Insane asylums in Bengal annual reports 1867-1875 - 1867-1875
Year: 1867
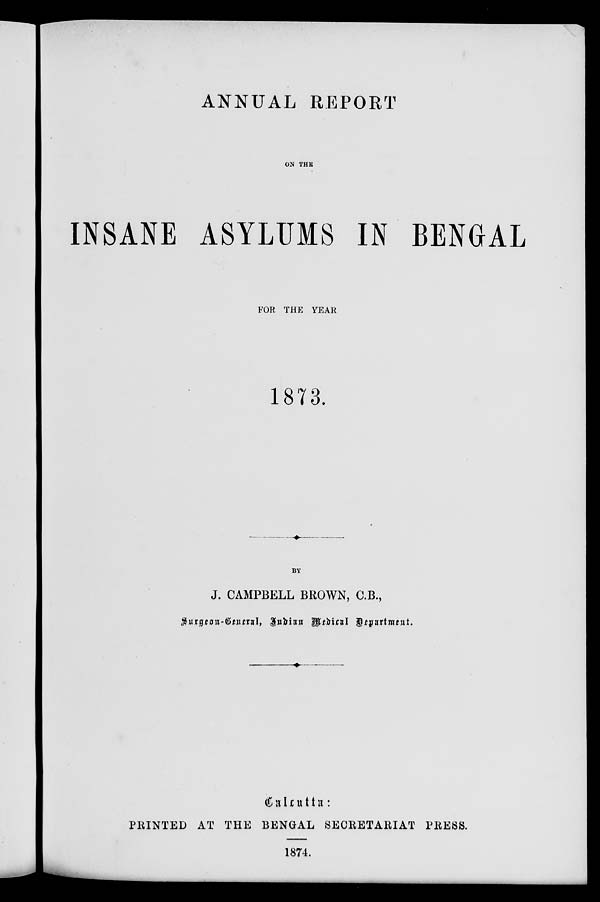
ANNUAL REPORT
ON THE
INSANE ASYLUMS IN BENGAL
FOR THE YEAR
1873.
BY
J. CAMPBELL BROWN, C.B.,
Surgeon-General, Indian Medical Department.
Calcutta :
PRINTED AT THE BENGAL SECRETARIAT PRESS.
1874.